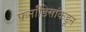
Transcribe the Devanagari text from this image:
फर्नांडिसांकडून